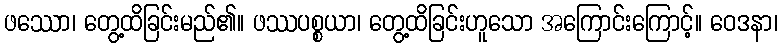
ဖဿော၊ တွေ့ထိခြင်းမည်၏။ ဖဿပစ္စယာ၊ တွေ့ထိခြင်းဟူသော အကြောင်းကြောင့်။ ဝေဒနာ၊